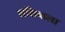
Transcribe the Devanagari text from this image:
शशिबाला